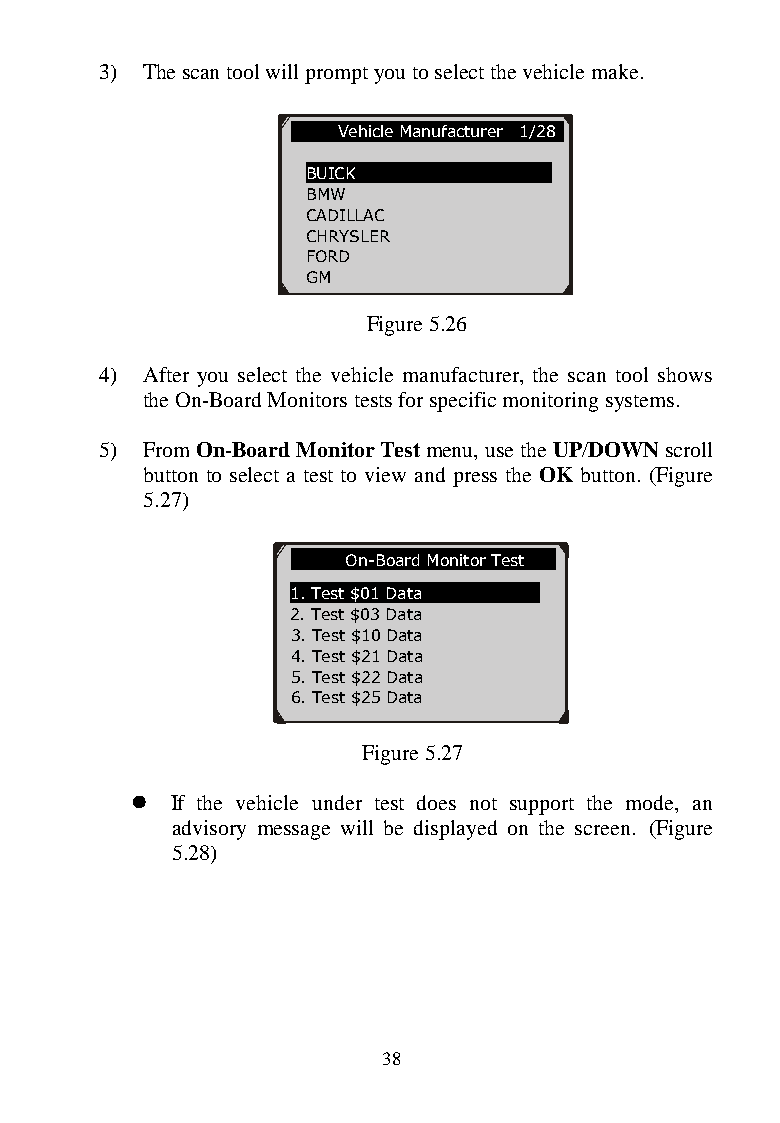
3) The scan tool will prompt you to select the vehicle make.
 Vehicle Manufacturer 1/28
 BUICK
 BMW
 CADILLAC
 CHRYSLER
 FORD
 GM
 Figure 5.26
 4) After you select the vehicle manufacturer, the scan tool shows
 the On-Board Monitors tests for specific monitoring systems.
 5) From On-Board Monitor Test menu, use the UP/DOWN scroll
 button to select a test to view and press the OK button. (Figure
 5.27)
 On-Board Monitor Test
 1. Test $01 Data
 2. Test $03 Data
 3. Test $10 Data
 4. Test $21 Data
 5. Test $22 Data
 6. Test $25 Data
 Figure 5.27
  If the vehicle under test does not support the mode, an
 advisory message will be displayed on the screen. (Figure
 5.28)
 38